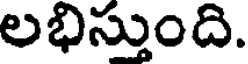
లభిస్తుంది.